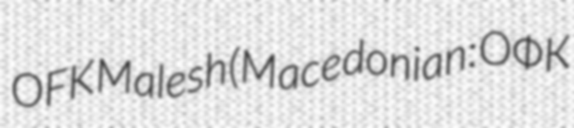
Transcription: OFK Malesh (Macedonian: ОФК